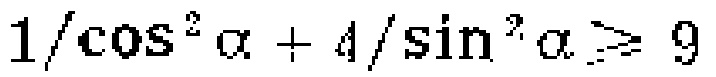
$1/\cos^{2}\alpha + 4/\sin^{2}\alpha \geqslant 9$